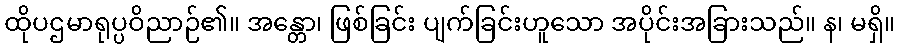
ထိုပဌမာရုပ္ပဝိညာဉ်၏။ အန္တော၊ ဖြစ်ခြင်း ပျက်ခြင်းဟူသော အပိုင်းအခြားသည်။ န၊ မရှိ။